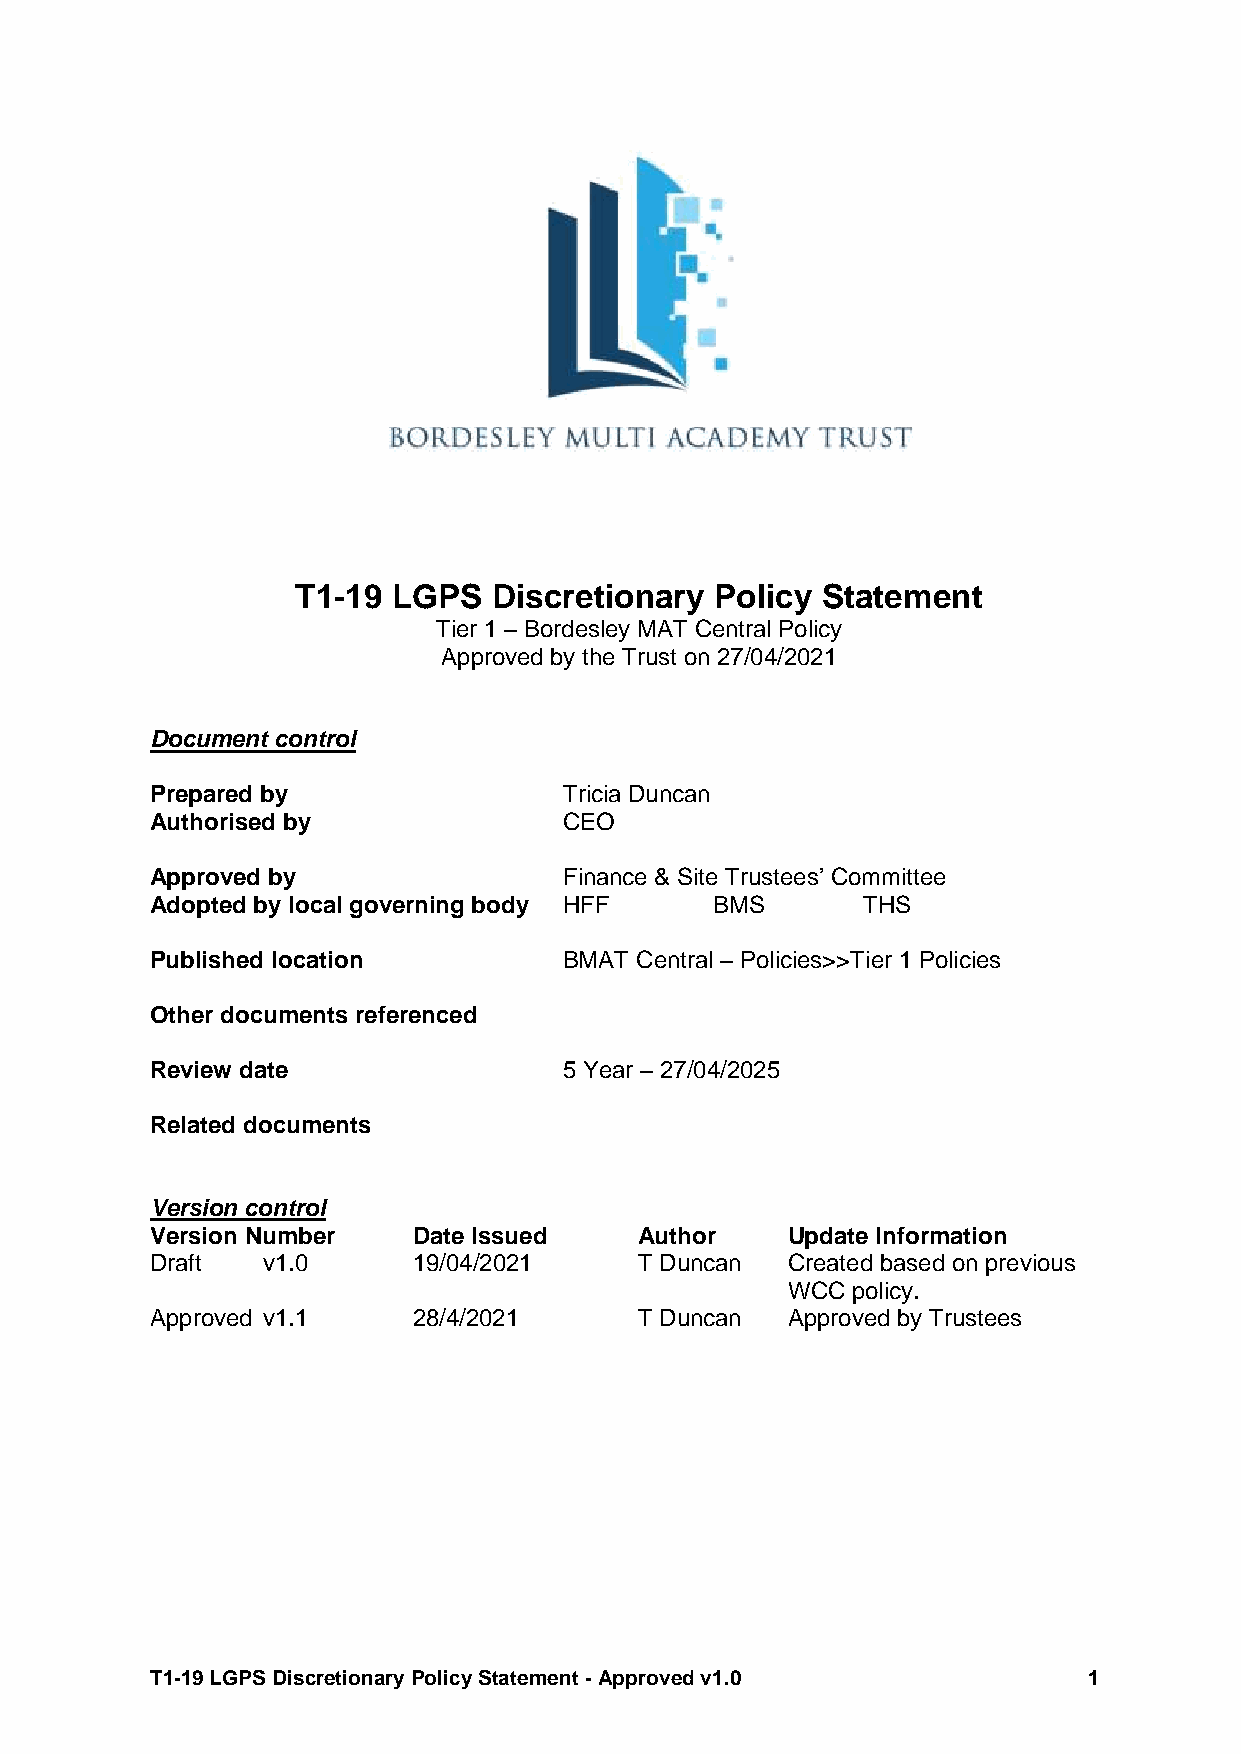
T1-19 LGPS   Discretionary Policy Statement
 Tier 1 – Bordesley MAT Central Policy
 Approved by the Trust on 27/04/2021
 Document control
 Prepared by                Tricia Duncan
 Authorised by              CEO
 Approved by                Finance & Site Trustees’ Committee
 Adopted by local governing body HFF  BMS       THS
 Published location         BMAT Central – Policies>>Tier 1 Policies
 Other documents referenced
 Review date                5 Year – 27/04/2025
 Related documents
 Version control
 Version Number   Date Issued    Author    Update Information
 Draft  v1.0      19/04/2021     T Duncan  Created based on previous
 WCC policy.
 Approved v1.1    28/4/2021      T Duncan  Approved by Trustees
 T1-19 LGPS Discretionary Policy Statement - Approved v1.0     1